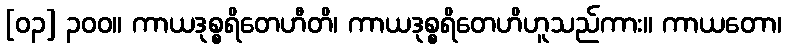
[၀၃] ၃၀၀။ ကာယဒုစ္စရိတေဟီတိ၊ ကာယဒုစ္စရိတေဟိဟူသည်ကား။ ကာယတော၊